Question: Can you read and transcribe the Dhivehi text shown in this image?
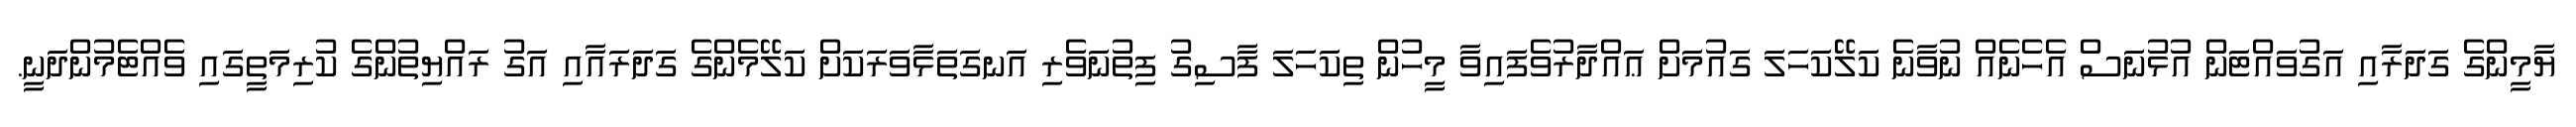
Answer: ޔާމީންގެ ގަދަރާއި އަގުވައްޓަން އުޅުނަސް އެހެނެއް ނުވާނެ ކަލޭކަހަލަ ގައުމަށް ޢައްދާރުވެފައިވާ މީހުން ތިކަހަލަ ފާސިގު ފިތުނަވެރި އަނގަތަޅާވަރަކަށް ކަލޭމެންގެ ގަދަރައާއި އަގު ރައްޔިތުންގެ ކުރިމަތީގައި ވެއްޓެމުންދަނީ.